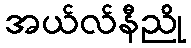
အယ်လ်နီညို